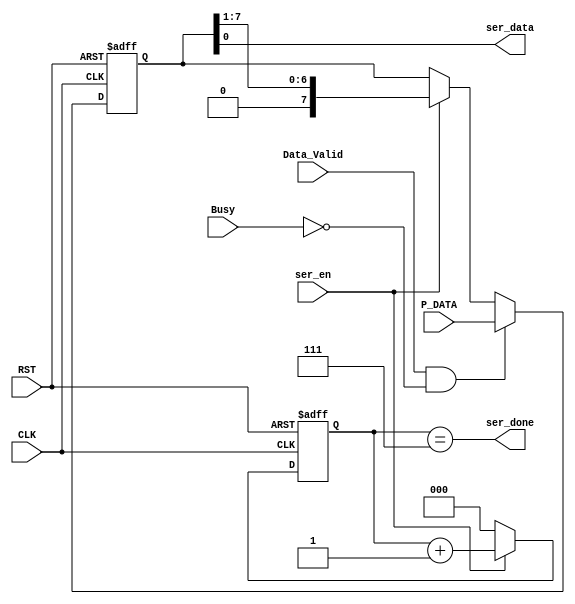
/*
File Name:Serlizer.v
Module: serlizer
Description:Serlizer take a parallel bus and change it to serial bus when valid bit is 1 only 
---------------------- 
Module mapping:
 
Serializer SER1 (
.P_DATA()      ,
.ser_en()      ,
.CLK()         ,
.RST()         ,
.Busy()        ,
.Data_Valid()  ,  
.ser_done()    ,
.ser_data()
              );
*/
module  Serializer  #(parameter INPUT_DATA=8)
(
  input   wire  [INPUT_DATA-1:0]  P_DATA,
  input   wire                    ser_en,
  input   wire                    CLK,
  input   wire                    RST,
  input   wire                    Busy,
  input   wire                    Data_Valid,  
  output  wire                    ser_done,
  output  wire                    ser_data
);
reg [INPUT_DATA-1:0]  regsiters;//internal memory in selerizer to save data when valid bit =1
reg [2:0]             counter;//counter from 0 to 7 
//Internal memory block
always  @ (posedge CLK or negedge RST )
begin
  if(!RST)
    begin
      regsiters   <=  'b0               ;
    end
  else  if  (Data_Valid &&  !Busy)
    begin
      regsiters   <=  P_DATA            ;
    end
  else  if  (ser_en)
    begin
      regsiters   <=  regsiters>>1      ;
    end
end
//Counter block
always  @ (posedge CLK or negedge RST)
begin
  if(!RST)
    begin
      counter    <=3'b0                  ;
    end
  else  if  (ser_en)
    begin
    counter       <= counter+3'b1       ;  
    end
  else
    begin
      counter     <= 3'b0               ;       
    end
end

assign  ser_data  = regsiters[0]        ;
assign  ser_done  = (counter  ==3'b111) ;
endmodule